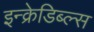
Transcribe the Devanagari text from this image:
इन्क्रेडिब्ल्स